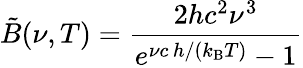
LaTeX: \tilde{B}(\nu,T)=\frac{2hc^{2}\nu^{3}}{e^{\nu c\, h/(k_{\mathrm{B}}T)}-1}